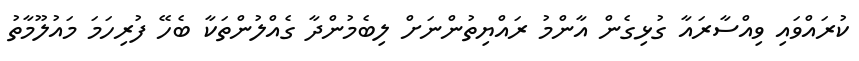
ކުރައްވައި ވިއްސާރައާ ގުޅިގެން އާންމު ރައްޔިތުންނަށް ލިބެމުންދާ ގެއްލުންތަކާ ބެހޭ ފުރިހަމަ މައުލޫމާތު